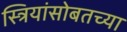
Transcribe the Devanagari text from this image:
स्त्रियांसोबतच्या